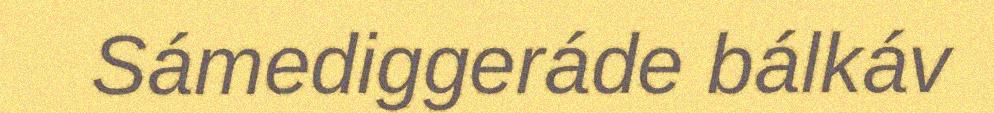
Sámediggeráde bálkáv